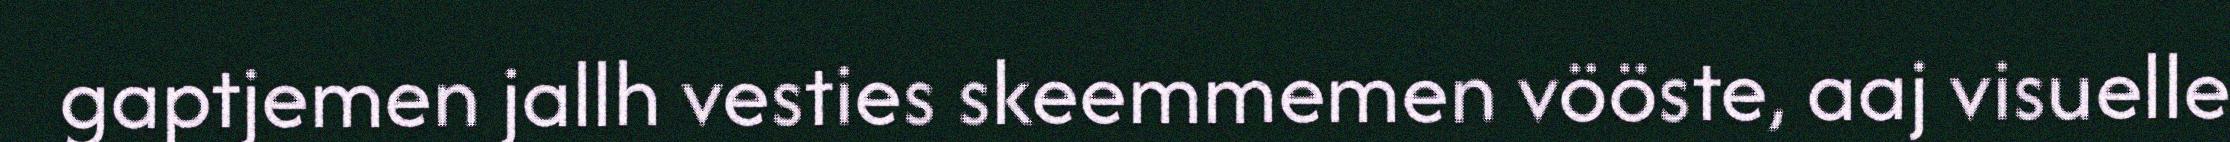
gaptjemen jallh vesties skeemmemen vööste, aaj visuelle